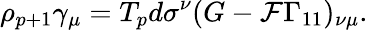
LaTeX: \rho_{p+1}\gamma_{\mu}=T_{p}d\sigma^{\nu}(G-{\cal F}\Gamma_{11})_{\nu\mu}.